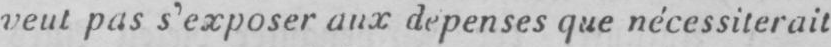
veut pas s’exposer aux depenses que nécessiterait